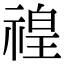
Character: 䄓